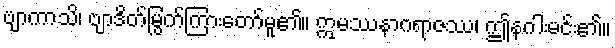
ဗျာကာသိ၊ ဗျာဒိတ်မြွက်ကြားတော်မူ၏။ ဣမဿနာဂရာဇဿ၊ ဤနဂါးမင်း၏။